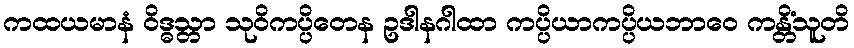
ကထယမာနံ ဝိဒ္ဓသ္တာ သုဝိကပ္ပိတေန ဥဒါနဂါထာ ကပ္ပိယာကပ္ပိယဘာဝေ ကန္တိံသူတိ